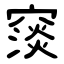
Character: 䆱